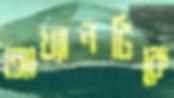
আখ্যানটিকে